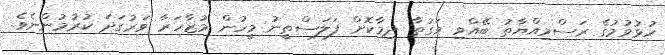
ހުޅުވުމުގެ ރަސްމިއްޔާތު ބޭއްވި ވަގުތާ ދިމާކޮށް ފަލަސްތީނު މީހުން މުޒާހަރާ ވަރުގަދަ ކުރުމުންނެވެ.